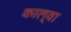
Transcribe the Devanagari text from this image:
काल्वा